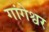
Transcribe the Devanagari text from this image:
गांगेश्वर